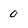
Character: 0